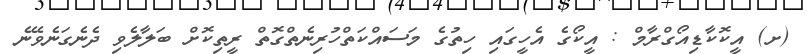
(ށ) އީކޮކާޑިއޯގްރާމް : އީކޯގެ އެހީގައި ހިތުގެ މަސައްކަތްހުރިނެތްގޮތް ރީތިކޮށް ބަލާލެވި ދެނެގަނެވޭނެ